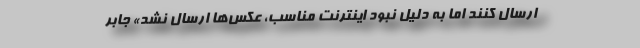
ارسال کنند اما به دلیل نبود اینترنت مناسب، عکس‌ها ارسال نشد» جابر